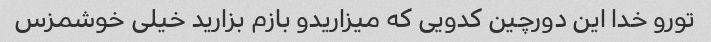
تورو خدا این دورچین کدویی که میزاریدو بازم بزارید خیلی خوشمزس